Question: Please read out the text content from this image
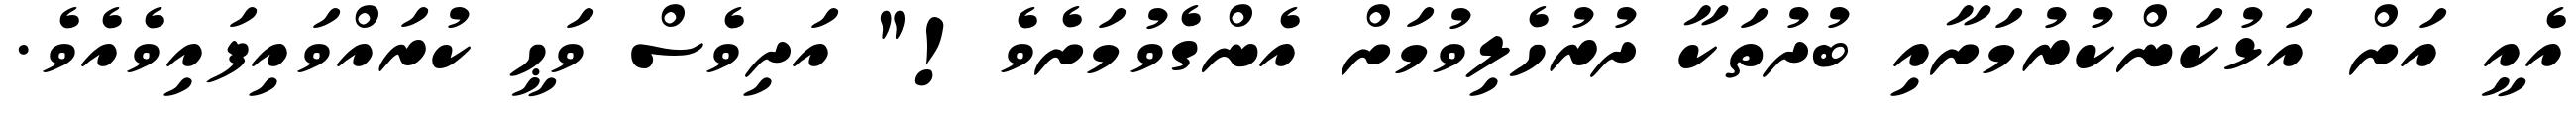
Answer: އެއީ އަށް އަޅުކަންކުރުމަށާއި ބުދުތަކާ ދުރުހެލިވުމަށް އެންގެވުމަށެވެ!" އަދިވެސް ވަޙީ ކުރައްވައިފައިވެއެވެ.